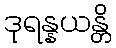
ဒုရန္နယန္တိ